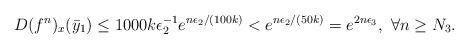
\begin{align*}D(f^n)_x(\bar{y}_1)\leq 1000 k \epsilon_2^{-1}e^{n\epsilon_2/(100k)} < e^{n\epsilon_2/(50k)} = e^{2n\epsilon_3}, \ \forall n\geq N_3. \end{align*}